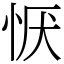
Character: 恹